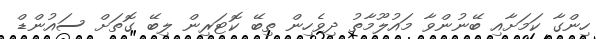
ހިންގާ ކަމަށާއި ބޭނުންވާ މައުލޫމާތު ދިވެހިން ތިބޭ ކޮޓަރިން ލިބޭ ގޮތަށް ސައުންޑް